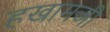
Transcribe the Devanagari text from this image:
हखामजी